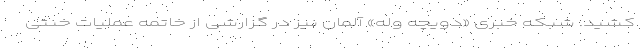
کشید. شبکه خبری «دویچه وله» آلمان نیز در گزارشی از خاتمه عملیات خنثی